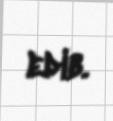
edib.